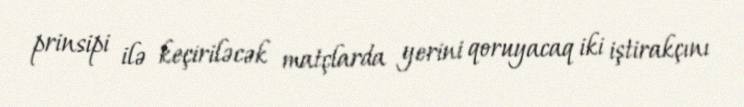
prinsipi ilə keçiriləcək matçlarda yerini qoruyacaq iki iştirakçını